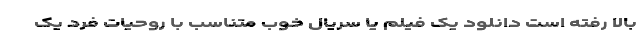
بالا رفته است دانلود یک فیلم یا سریال خوب متناسب با روحیات فرد یک